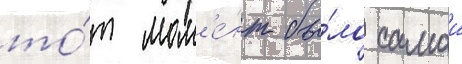
то́т мом'е́нт бы́ло самои